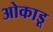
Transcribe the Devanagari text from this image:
ओकाडू